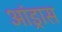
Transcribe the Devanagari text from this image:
आंड्रास